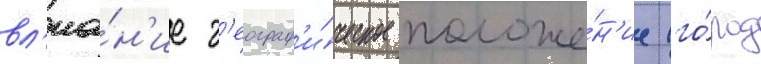
вл'иа́н'ие г'еограф'и́ческое положе́н'ие (го́род